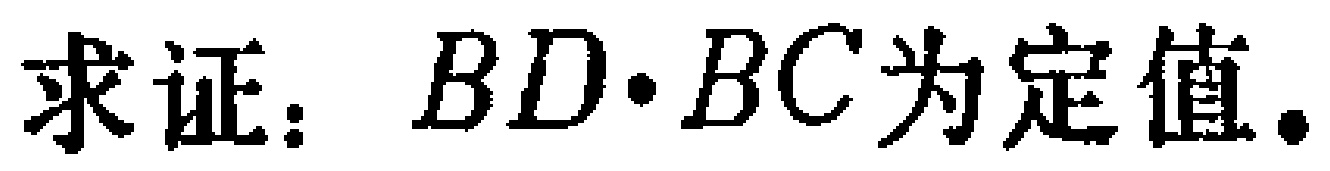
求证：\(BD\cdot BC\)为定值.